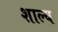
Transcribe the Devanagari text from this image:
शाल्य